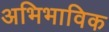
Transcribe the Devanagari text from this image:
अभिभाविक